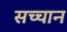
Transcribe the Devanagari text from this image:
सच्चान